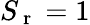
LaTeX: S_{\mathrm{~r~}}=1